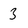
Character: 3